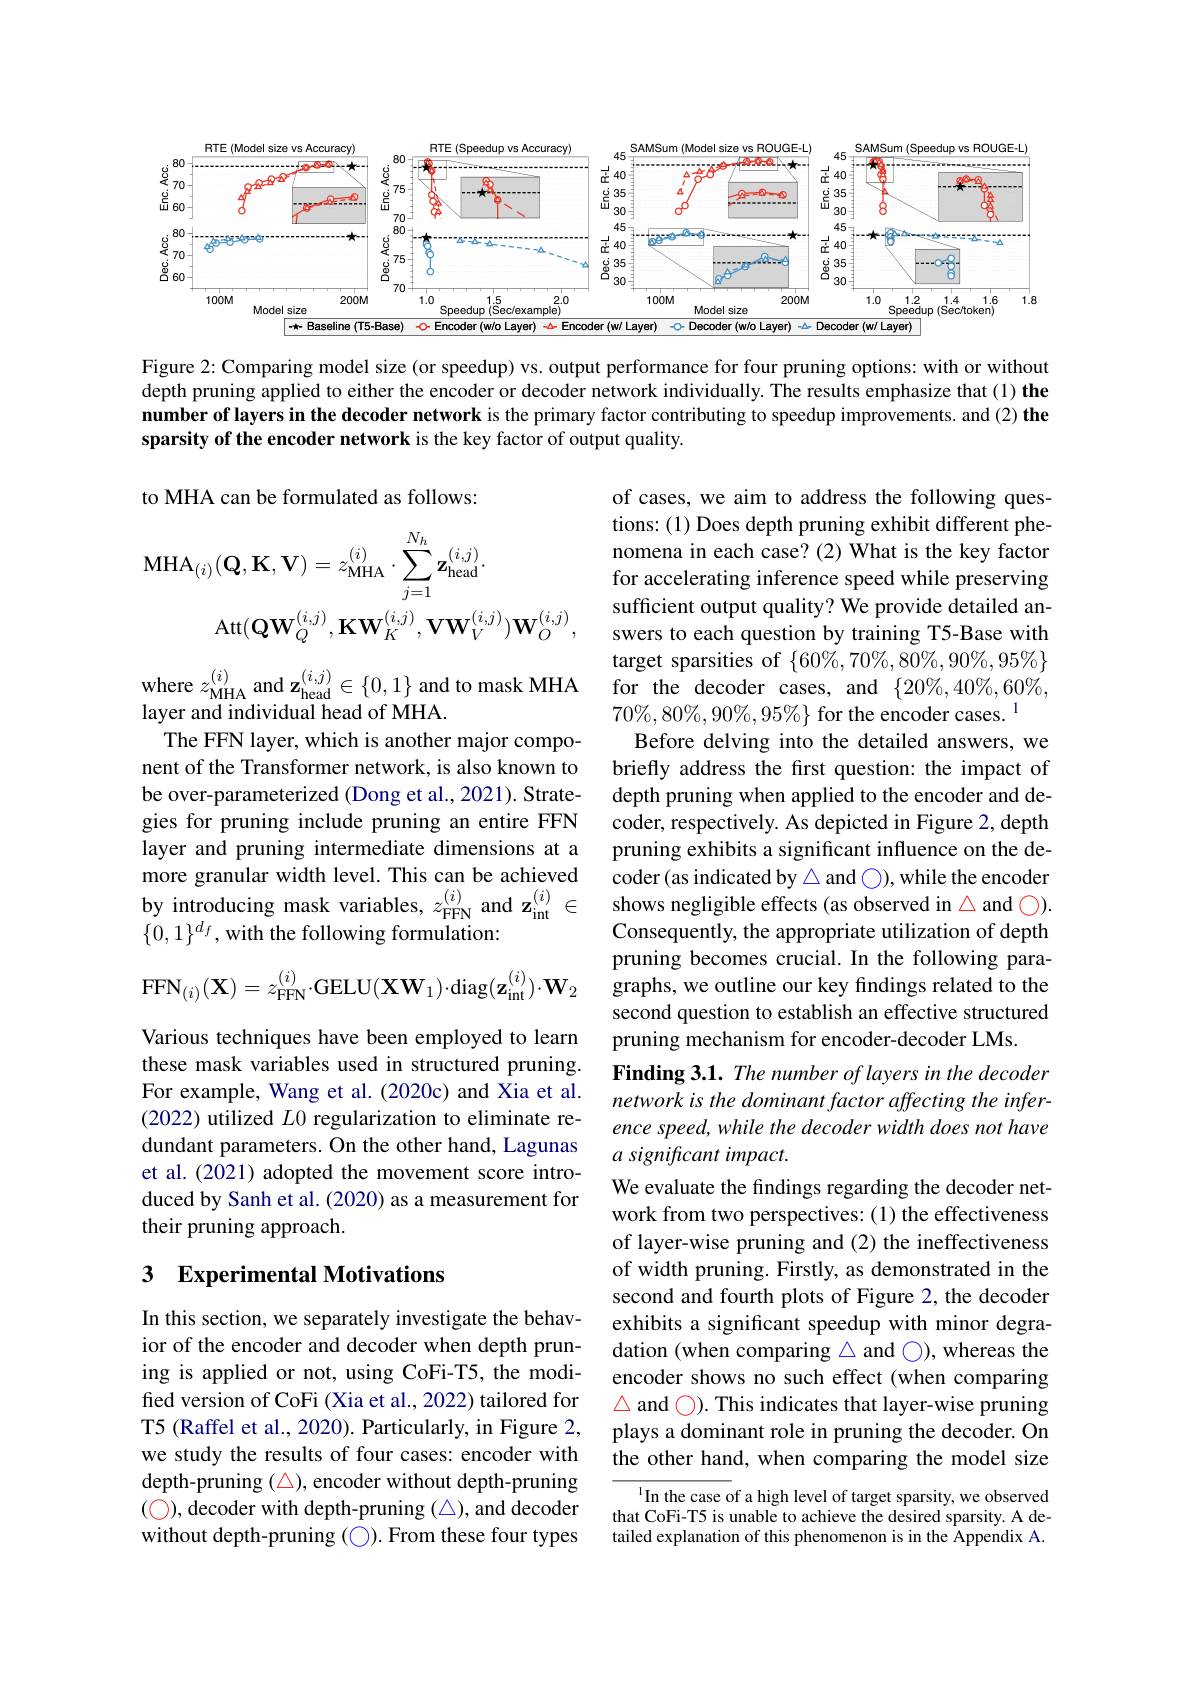
<FigureHere>

Figure 2: Comparing model size (or speedup) vs. output performance for four pruning options: with or without depth pruning applied to either the encoder or decoder network individually. The results emphasize that (1) the number of layers in the decoder network is the primary factor contributing to speedup improvements. and (2) the sparsity of the encoder network is the key factor of output quality.

to MHA can be formulated as follows:
$$\mathrm{MHA}_{(i)}(\mathbf{Q},\mathbf{K},\mathbf{V})=z_{\mathrm{MHA}}^{(i)}\cdot\sum_{j=1}^{N_{h}}\mathbf{z}_{\mathrm{head}}^{(i,j)}.\\\mathrm{Att}(\mathbf{QW}_{Q}^{(i,j)},\mathbf{KW}_{K}^{(i,j)},\mathbf{VW}_{V}^{(i,j)})\mathbf{W}_{O}^{(i,j)},$$
where $z_\mathrm{MHA}^{(i)}$ and $\mathbf{z}_\mathrm{head}^{(i,j)}\in\{0,1\}$ and to mask MHA
layer and individual head of MHA.
The FFN layer, which is another major component of the Transformer network, is also known to be over-parameterized (Dong et al., 2021). Strategies for pruning include pruning an entire FFN layer and pruning intermediate dimensions at a more granular width level. This can be achieved by introducing mask variables, $z_\mathrm{FFN}^{(i)}$ and $\mathbf{z}_\mathrm{int}^{(i)}\in$ $\{0,1\}^{d_f}$,with the following formulation:
$$\mathrm{FFN}_{(i)}(\mathbf{X})=z_{\mathrm{FFN}}^{(i)}\cdot\mathrm{GELU}(\mathbf{XW}_{1})\cdot\mathrm{diag}(\mathbf{z}_{\mathrm{int}}^{(i)})\cdot\mathbf{W}_{2}$$
of cases, we aim to address the following questions: (1) Does depth pruning exhibit different phenomena in each case? (2) What is the key factor for accelerating inference speed while preserving sufficient output quality? We provide detailed answers to each question by training T5-Base with target sparsities of $\{60\%,70\%,80\%,90\%,95\%\}$ for the decoder cases, and $\{20\%,40\%,60\%$, $70\%,80\%,90\%,95\%\}$ for the encoder cases.$^1$
Before delving into the detailed answers, we briefly address the frst question: the impact of depth pruning when applied to the encoder and decoder, respectively. As depicted in Figure 2, depth pruning exhibits a significant influence on the decoder (as indicated by $\triangle$ and ◯while the encoder shows negligible effects (as observed in $\triangle$ and ◯). Consequently, the appropriate utilization of depth pruning becomes crucial. In the following paragraphs, we outline our key findings related to the second question to establish an effective structured pruning mechanism for encoder-decoder LMs.
Finding 3.1. The number of layers in the decoder network is the dominant factor affecting the inference speed, while the decoder width does not have $a\textit{significant impact}.$
We evaluate the findings regarding the decoder network from two perspectives: (1) the effectiveness of layer-wise pruning and (2) the ineffectiveness of width pruning. Firstly, as demonstrated in the second and fourth plots of Figure 2, the decoder exhibits a significant speedup with minor degradation (when comparing $\triangle$ and ◯), whereas the encoder shows no such effect (when comparing $\triangle$ and ◯). This indicates that layer-wise pruning plays a dominant role in pruning the decoder. On the other hand, when comparing the model size
$^{1}$In the case of a high level of target sparsity, we observed

Various techniques have been employed to learn these mask variables used in structured pruning. For example, Wang et al. (2020c) and Xia et al. (2022) utilized $L0$ regularization to eliminate redundant parameters. On the other hand, Lagunas et al. (2021) adopted the movement score introduced by Sanh et al. (2020) as a measurement for their pruning approach.

## 3 Experimental Motivations

In this section, we separately investigate the behavior of the encoder and decoder when depth pruning is applied or not, using CoFi-T5, the modified version of CoFi (Xia et al., 2022) tailored for T5 (Raffel et al., 2020). Particularly, in Figure 2, we study the results of four cases: encoder with depth-pruning ( $\color{red}{\triangle})$, encoder without depth-pruning (O), decoder with depth-pruning (△), and decoder without depth-pruning (◯). From these four types

that CoFi-T5 is unable to achieve the desired sparsity. A detailed explanation of this phenomenon is in the Appendix A.